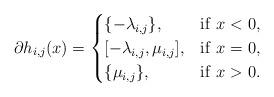
LaTeX: \begin{align*}\partial h_{i,j}(x) = \begin{cases} \{ -\lambda_{i,j} \} , & {\rm if ~} x < 0, \\ [-\lambda_{i,j}, \mu_{i,j} ] , & {\rm if ~} x = 0, \\ \{ \mu_{i,j} \} , & {\rm if ~} x > 0.\end{cases} \end{align*}